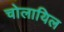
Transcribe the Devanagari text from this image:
चोलायिल